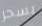
بسحر